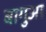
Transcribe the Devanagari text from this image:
बागुआ